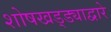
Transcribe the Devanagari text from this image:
शोषखड्ड्याद्वारे